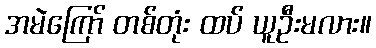
အမဲကြော် တစ်တုံး ထပ် ယူဦးမလား။